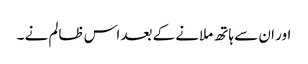
اور ان سے ہاتھ ملانے کے بعد اس ظالم نے ۔